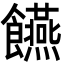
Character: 𮩘